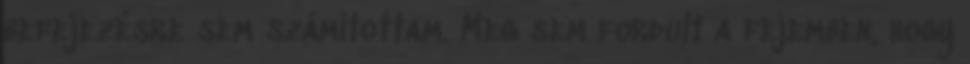
befejezésre sem számítottam. Meg sem fordult a fejemben, hogy